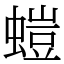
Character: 螘